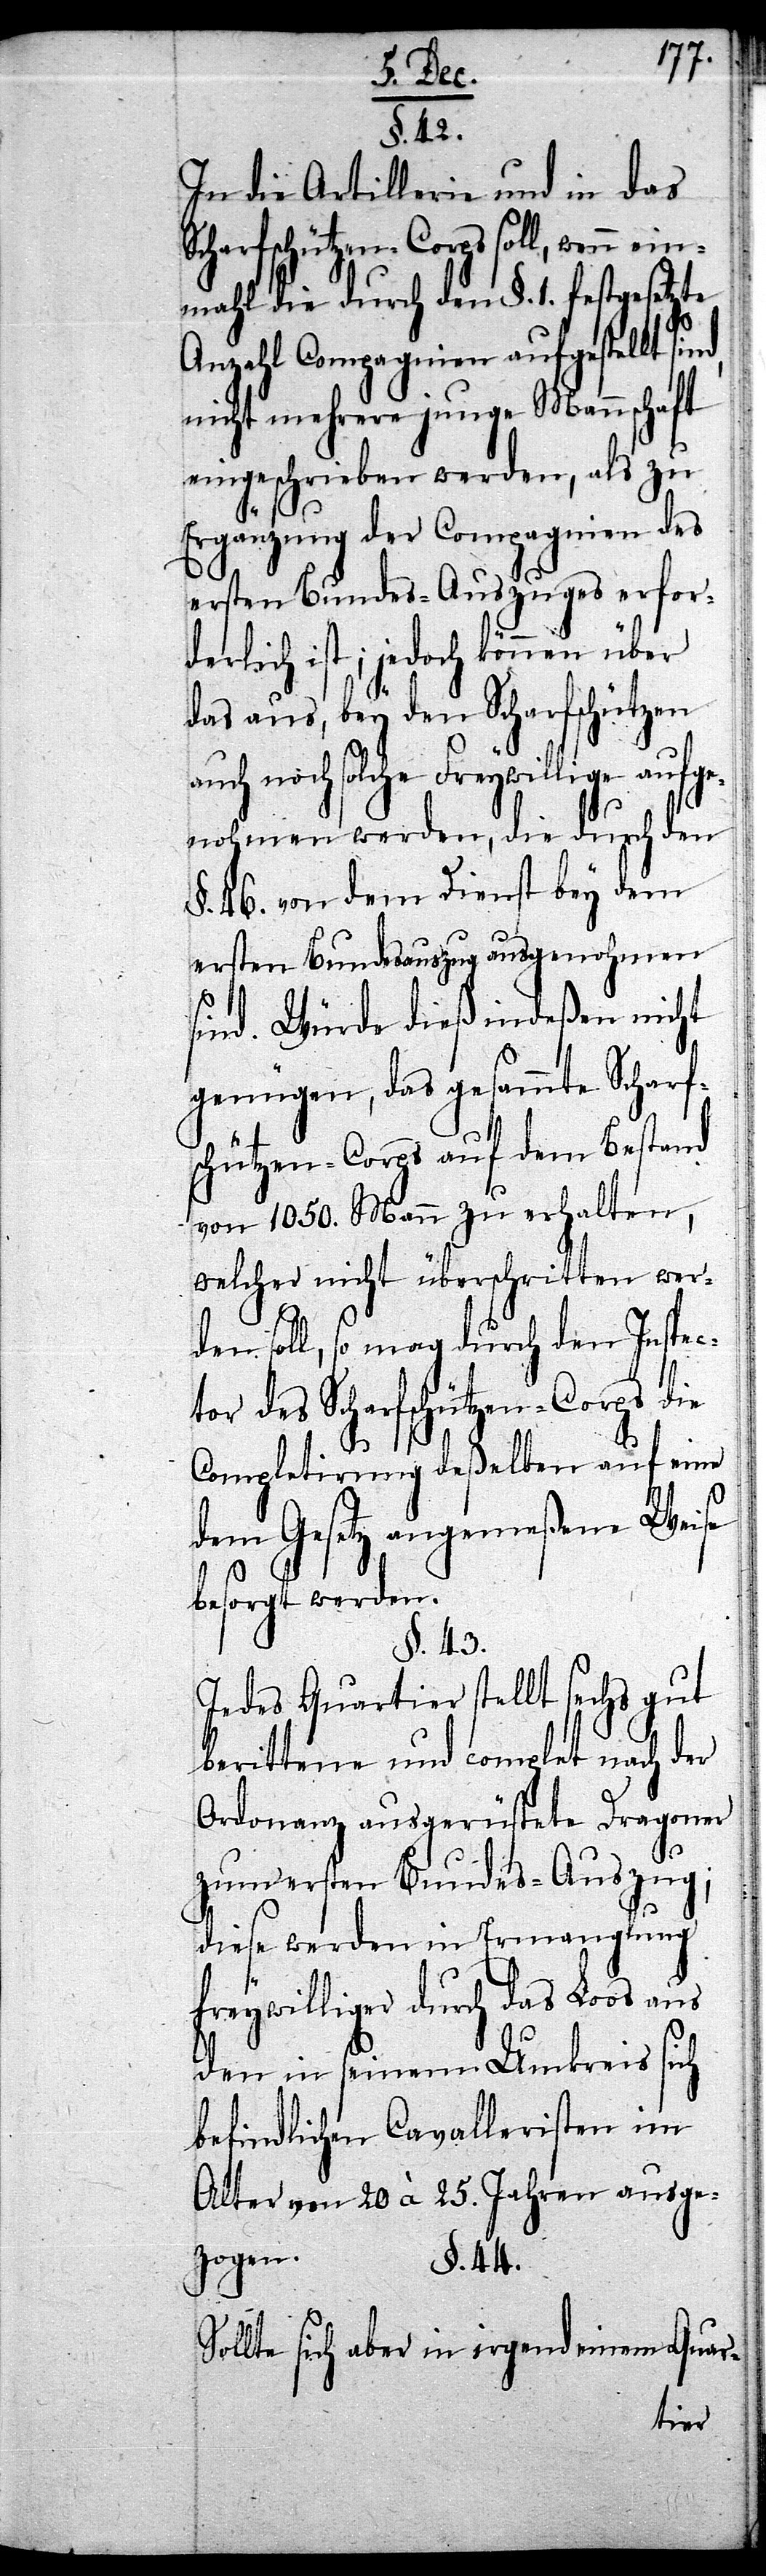
ft
In die Artillerie und in das
Scharfschützen-Corps soll, wenn
einmahl die durch den §. 1. festgesetzte
Anzahl Compagnien aufgestellt
nicht mehrere junge Mannscha¬
eingeschrieben werden, als zu
Ergänzung der Compagnien des
ersten Bundes-Auszuges erfor¬
derlich ist; jedoch können über
das aus, bey den Scharfschützen
auch noch solche Freywillige aufg¬
enohmen werden, die durch den
§. 46. von dem Dienst bey dem
ersten Bundesauszug ausgenohmen
sind. Würde dieß indeßen nicht
genügen, das gesammte Scharf¬
schützen-Corps auf dem Bestand
von 1050. Mann zu erhalten,
welcher nicht überschritten wer¬
den soll, so mag durch den Inspec¬
tor des Scharfschützen-Corps die
Completirung deßelben auf eine
dem Gesetz angemeßene Weise
besorgt werden.
§. 43.
Jedes Quartier stellt sechs gut
berittene und complet nach der
Ordonanz ausgerüstete Dragoner
zum ersten Bundes-Auszug;
diese werden in Ermanglung
freywilliger durch das Loos aus
den in seinem Umkreis sich
befindlichen Cavalleristen im
Alter von 20. à 25. Jahren ausge¬
zogen.
§. 44.
Sollte sich aber in irgend einem Quar-